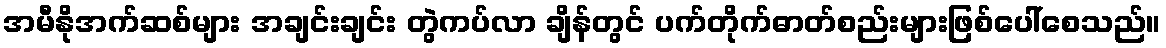
အမီနိုအက်ဆစ်များ အချင်းချင်း တွဲကပ်လာ ချိန်တွင် ပက်တိုက်ဓာတ်စည်းများဖြစ်ပေါ်စေသည်။